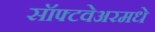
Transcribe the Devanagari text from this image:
सॉफ्टवेअरमधे